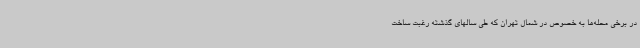
در برخی محله‌ها به خصوص در شمال تهران که طی سالهای گذشته رغبت ساخت